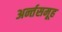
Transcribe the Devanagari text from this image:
अर्न्तसमूह